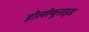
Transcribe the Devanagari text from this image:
होलोथूराइड